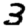
Digit: 3